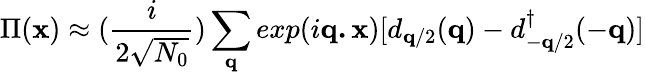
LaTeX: \Pi({\mathbf{x}})\approx(\frac{i}{2\sqrt{N_{0}}})\sum_{{\mathbf{q}}}exp(i{\mathbf{q.x}})[d_{{\mathbf{q}}/2}({\mathbf{q}})-d_{-{\mathbf{q}}/2}^{\dagger}(-{\mathbf{q}})]